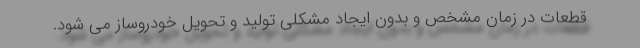
قطعات در زمان مشخص و بدون ایجاد مشکلی تولید و تحویل خودروساز می شود.